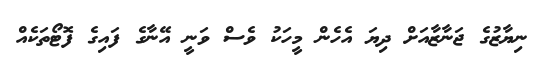
ނިޔާޒުގެ ޖަނާޒާއަށް ދިޔަ އެހެން މީހަކު ވެސް ވަނީ އޭނާގެ ފައިގެ ފޮޓޯތަކެއް